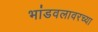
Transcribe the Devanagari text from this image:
भांडवलावरच्या